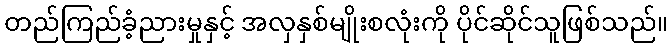
တည်ကြည်ခံ့ညားမှုနှင့် အလှနှစ်မျိုးစလုံးကို ပိုင်ဆိုင်သူဖြစ်သည်။